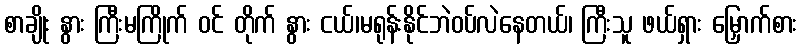
စာချိုး နွား ကြီးမကြိုက် ဝင် တိုက် နွား ငယ်၊မရုန်းနိုင်ဘဲဝပ်လဲနေတယ်၊ ကြီးသူ ဖယ်ရှား မြှောက်စား